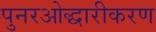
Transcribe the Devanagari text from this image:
पुनरओद्धारीकरण